Civil Veterinary Dept. North-West Frontier Province 1933-46 - 1933-1946
Year: 1933
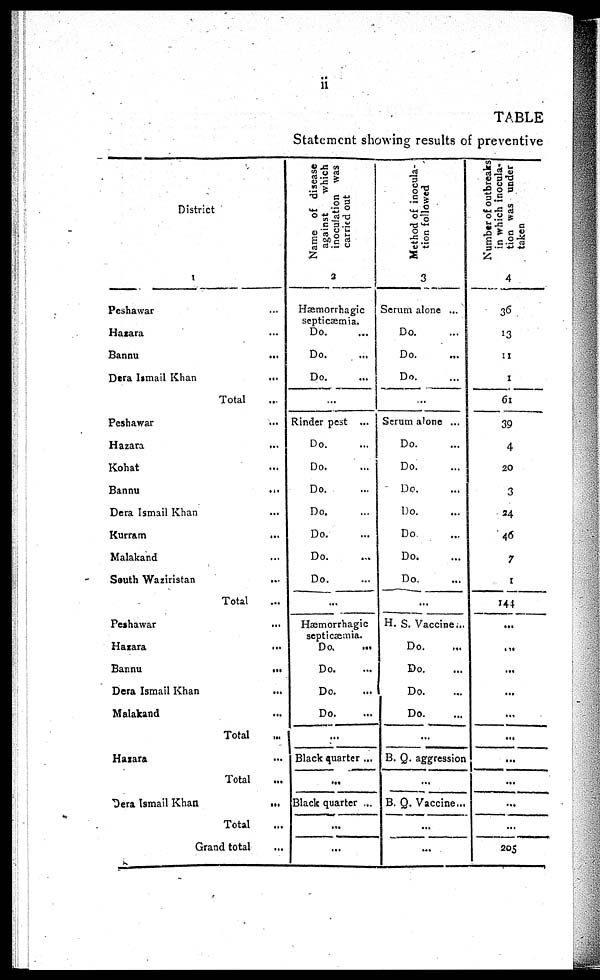
ii
TABLE
Statement showing results of preventive
District
1
Peshawar ...
Hazara ...
Bannu ...
Dera Ismail Khan ...
Total ...
Peshawar ...
Hazara ...
Kohat ...
Bannu
...
Dera Ismail Khan ...
Kurram ...
Malakand ...
South Waziristan ...
Total ...
Peshawar ...
Hazara ...
Bannu
...
Dera Ismail Khan ...
Malakand ...
Total ...
Hazara ...
Total ...
Dera Ismail Khan
...
Total ...
Grand total ...
Name of disease
against
which
inoculation was
carried out
2
Hæmorrhagic
septicæmia.
Do. ...
Do. ...
Do. ...
Rinder pest ...
Do. ...
Do. ...
Do. ...
Do. ...
Do. ...
Do. ...
Do. ...
...
Hæmorrhagic
septicæmia.
Do. ...
Do. ...
Do. ...
Do. ...
...
Black quarter ...
...
Black quarter ...
...
...
Method of inocula-
tion followed
3
Serum alone ...
Do.
Do.
Do.
...
Serum alone ...
Do.
Do.
Do.
Do. ...
Do ...
Do.
Do. ...
...
H. S. Vaccine...
Do.
...
Do. ...
Do. ...
Do.
...
B. Q. aggression
...
B. Q. Vaccine...
...
...
Number of outbreaks
in which inocula-
tion was under
taken
4
36
13
11
1
61
39
4
20
3
24
46
7
1
144
...
...
...
...
...
...
...
...
...
205